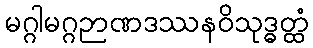
မဂ္ဂါမဂ္ဂဉာဏဒဿနဝိသုဒ္ဓတ္ထံ